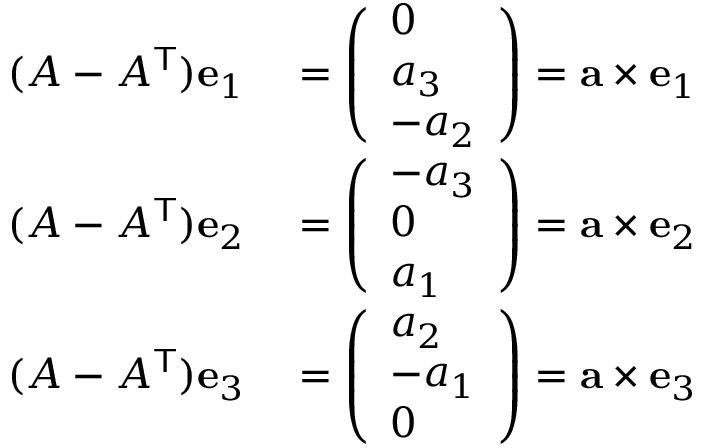
\begin{array} { r l } { ( A - A ^ { \mathsf { T } } ) \mathbf { e } _ { 1 } } & { { } = { \left( \begin{array} { l } { 0 } \\ { a _ { 3 } } \\ { - a _ { 2 } } \end{array} \right) } = \mathbf { a } \times \mathbf { e } _ { 1 } } \\ { ( A - A ^ { \mathsf { T } } ) \mathbf { e } _ { 2 } } & { { } = { \left( \begin{array} { l } { - a _ { 3 } } \\ { 0 } \\ { a _ { 1 } } \end{array} \right) } = \mathbf { a } \times \mathbf { e } _ { 2 } } \\ { ( A - A ^ { \mathsf { T } } ) \mathbf { e } _ { 3 } } & { { } = { \left( \begin{array} { l } { a _ { 2 } } \\ { - a _ { 1 } } \\ { 0 } \end{array} \right) } = \mathbf { a } \times \mathbf { e } _ { 3 } } \end{array}